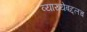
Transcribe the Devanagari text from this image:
व्याख्येबद्दलच